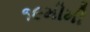
૧૯મીમી